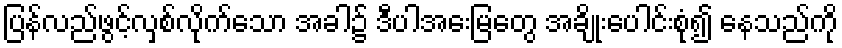
ပြန်လည်ဖွင့်လှစ်လိုက်သော အခါ၌ ဒီပါအေးမြတွေ အချိုးပေါင်းစုံ၍ နေသည်ကို